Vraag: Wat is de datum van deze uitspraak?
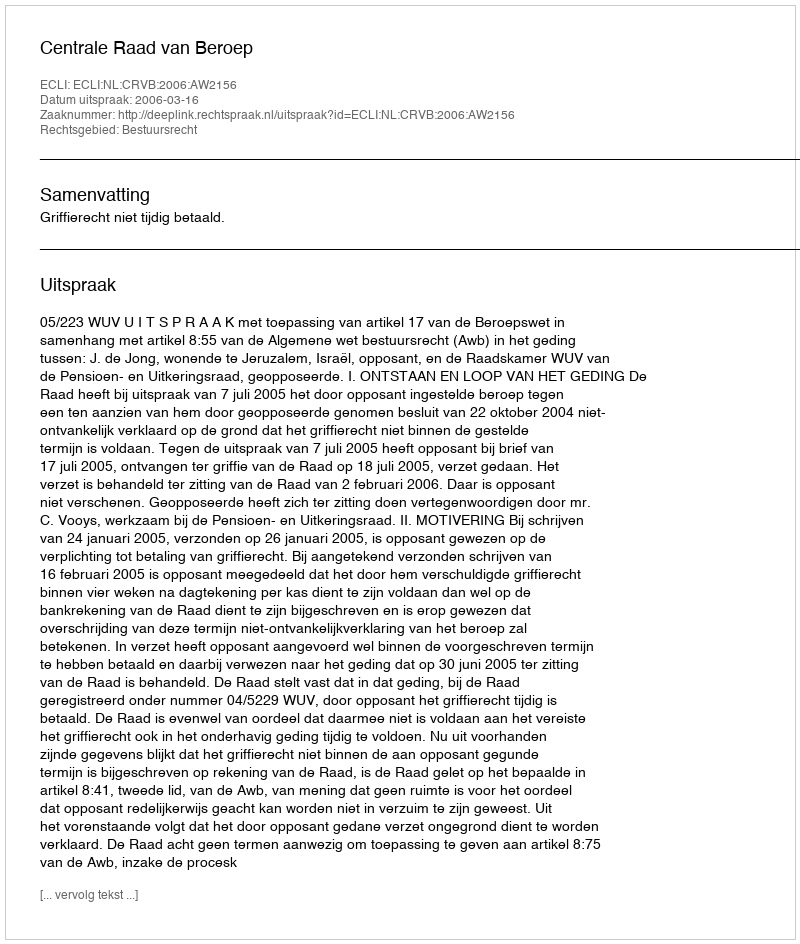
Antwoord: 2006-03-16